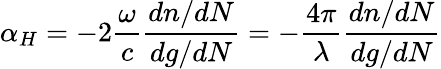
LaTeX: \alpha_{H}=-2\frac{\omega}{c}\frac{dn/dN}{dg/dN}=-\frac{4\pi}{\lambda}\frac{dn/dN}{dg/dN}